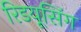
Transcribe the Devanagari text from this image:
रिडयूसिंग